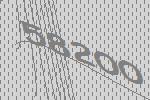
58200